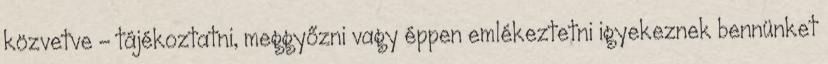
közvetve - tájékoztatni, meggyőzni vagy éppen emlékeztetni igyekeznek bennünket